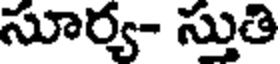
సూర్య- స్తుతి